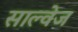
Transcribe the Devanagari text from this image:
साल्वेज